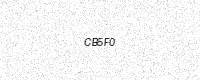
Text: CB5F0